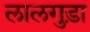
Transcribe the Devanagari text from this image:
लालगुड़ा